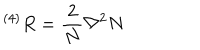
^ { \left( 4 \right) } R = \frac { 2 } { N } \nabla ^ { 2 } N